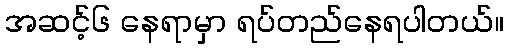
အဆင့်၆ နေရာမှာ ရပ်တည်နေရပါတယ်။